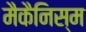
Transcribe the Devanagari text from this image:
मैकैनिस्म